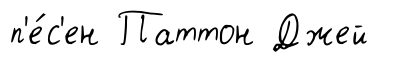
п'е́с'ен Паттон Джей